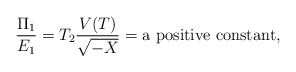
\begin{align*}\frac{\Pi_{1}}{E_{1}}=T_{2}\frac{V(T)}{\sqrt{-X}}={\rm a~positive~constant},\end{align*}